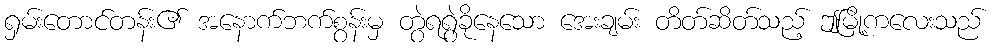
ရှမ်းတောင်တန်း၏ အနောက်ဘက်စွန်းမှ တွဲရရွဲခိုနေသော အေးချမ်း တိတ်ဆိတ်သည့် ဤမြို့ကလေးသည်